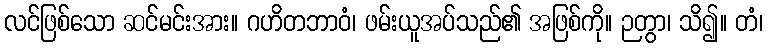
လင်ဖြစ်သော ဆင်မင်းအား။ ဂဟိတဘာဝံ၊ ဖမ်းယူအပ်သည်၏ အဖြစ်ကို။ ဉတွာ၊ သိ၍။ တံ၊